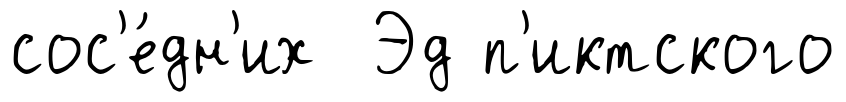
сос'е́дн'их Эд п'иктского